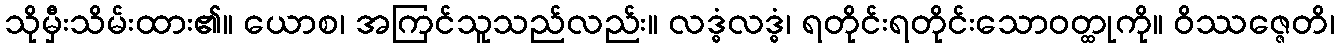
သိုမှီးသိမ်းထား၏။ ယောစ၊ အကြင်သူသည်လည်း။ လဒ္ဓံလဒ္ဓံ၊ ရတိုင်းရတိုင်းသောဝတ္ထုကို။ ဝိဿဇ္ဇေတိ၊